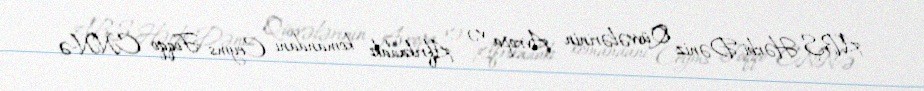
ABŞ Hərbi-Dəniz Qüvvələrinin Avropa və Afrikadakı komandanı Ceyms Foqqo CNN-ə